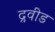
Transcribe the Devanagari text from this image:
द्रवीड